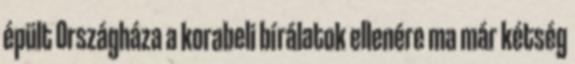
épült Országháza a korabeli bírálatok ellenére ma már kétség